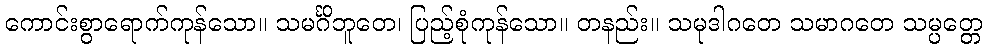
ကောင်းစွာရောက်ကုန်သော။ သမင်္ဂိဘူတေ၊ ပြည့်စုံကုန်သော။ တနည်း။ သမုဒါဂတေ သမာဂတေ သမ္ပတ္တေ